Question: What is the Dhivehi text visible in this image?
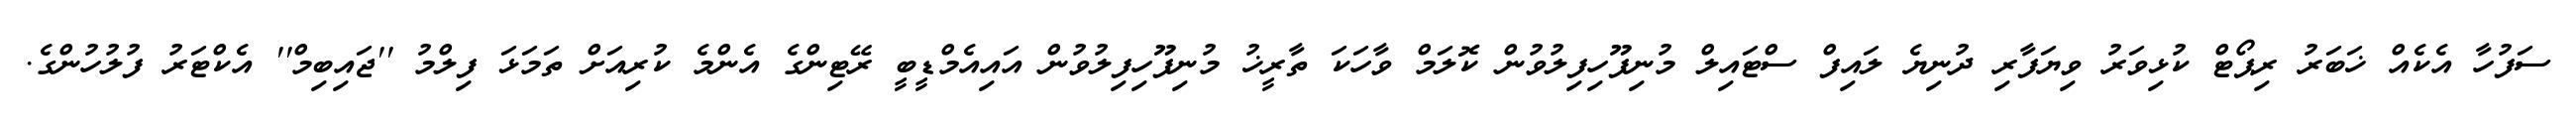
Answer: ސަފުހާ އެކެއް ޚަބަރު ރިޕޯޓް ކުޅިވަރު ވިޔަފާރި ދުނިޔެ ލައިފް ސްޓައިލް މުނިފޫހިފިލުވުން ކޮލަމް ވާހަކަ ތާރީޚު މުނިފޫހިފިލުވުން އައިއެމްޑީބީ ރޭޓިންގެ އެންމެ ކުރިއަށް ތަމަޅަ ފިލްމު ''ޖައިބިމް'' އެކްޓަރު ފުލުހުންގެ.